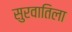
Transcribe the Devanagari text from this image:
सुरवातिला